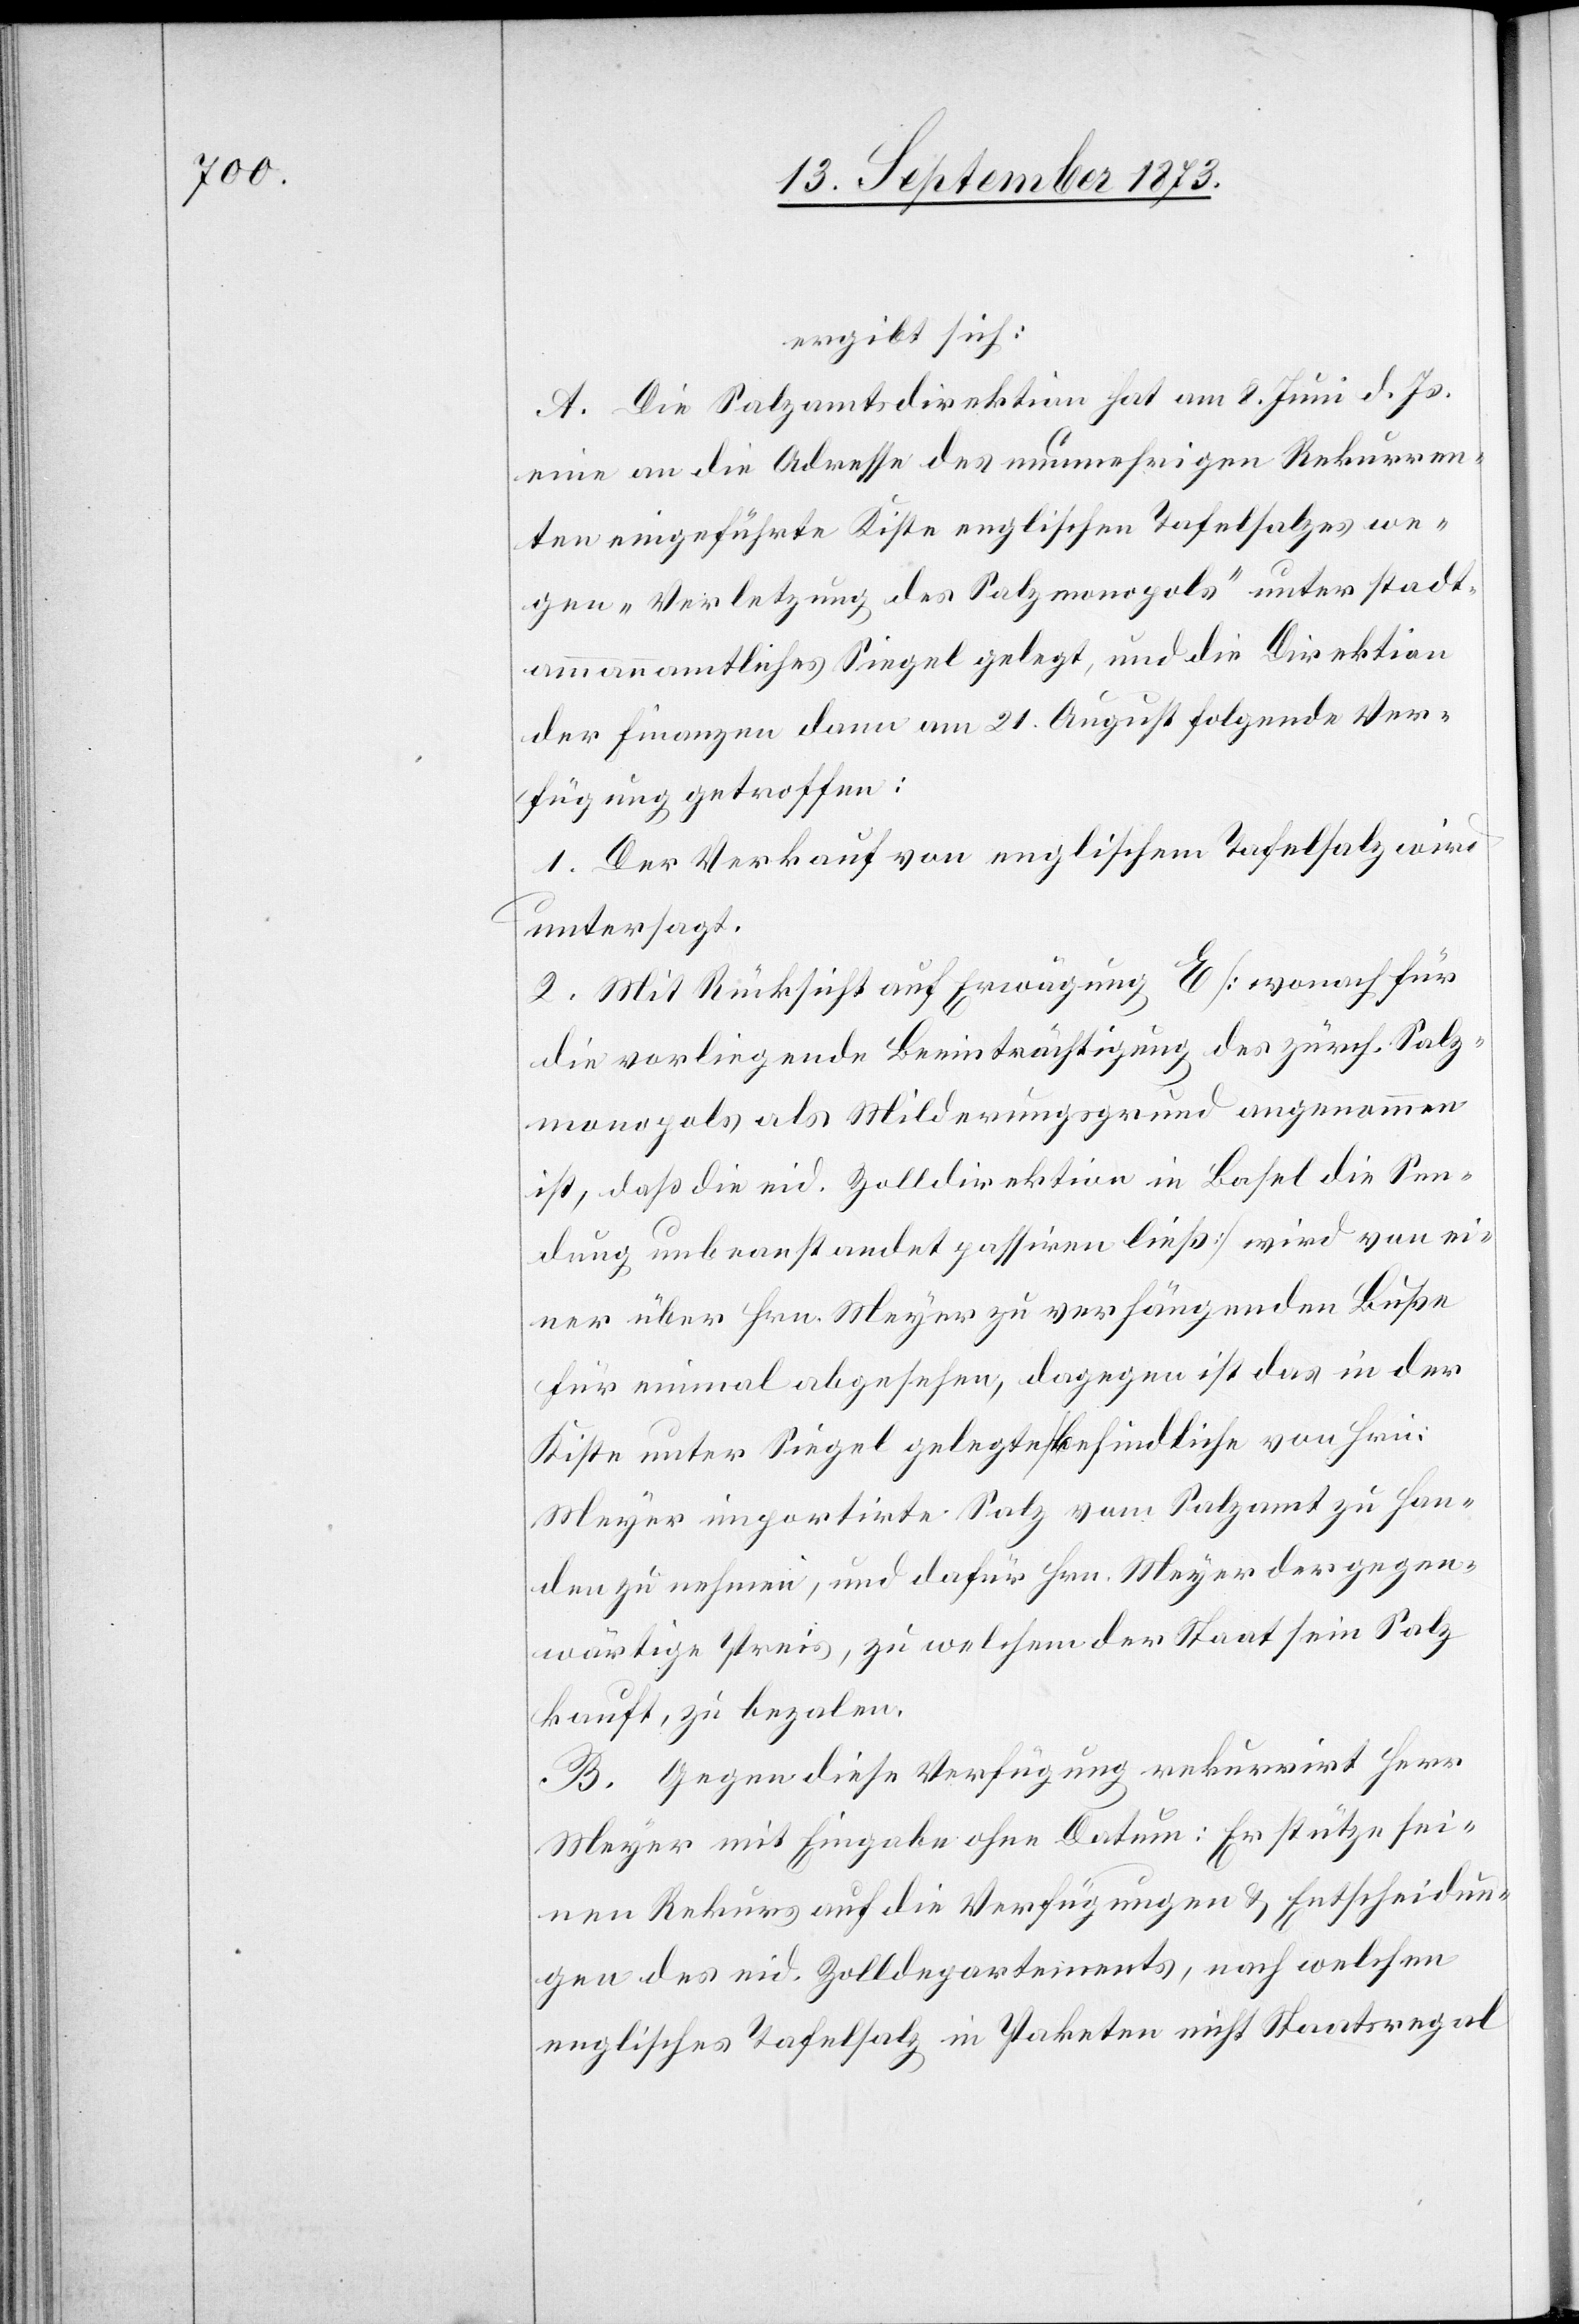
ergibt sich:
A. Die Salzamtsdirektion hat am 8. Juni d. Js.
eine an die Adresse des nunmehrigen Rekurren¬
ten eingeführte Kiste englischen Tafelsalzes we¬
gen „Verletzung des Salzmonopols“ unter stadt¬
ammannamtliches Siegel gelegt, und die Direktion
der Finanzen dann am 21. August folgende Ver¬
fügung getroffen:
1. Der Verkauf von englischem Tafelsalz wird
untersagt.
2. Mit Rücksicht auf Erwägung E [wonach für
die vorliegende Beeinträchtigung des zürch. Salz¬
monopols als Milderungsgrund angenommen
ist, daß die eid. Zolldirektion in Basel die Sen¬
dung unbeanstandet passiren ließ] wird von ei¬
ner über Hrn. Meyer zu verhängenden Buße
für einmal abgesehen, dagegen ist das in der
Kiste unter Siegel gelegte befindliche von Hrn.
Meyer importirte Salz vom Salzamt zu Han¬
den zu nehmen, und dafür Hrn. Meyer der gegen¬
wärtige Preis, zu welchem der Staat sein Salz
kauft, zu bezalen.
B. Gegen diese Verfügung rekurrirt Herr
Meyer mit Eingabe ohne Datum: Er stütze sei¬
nen Rekurs auf die Verfügungen & Entscheidun¬
gen des eid. Zolldepartements, nach welchen
englisches Tafelsalz in Paketen nicht Staatsregal